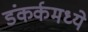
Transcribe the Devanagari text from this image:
डंकर्कमध्ये